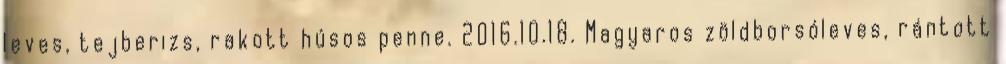
leves, tejberizs, rakott húsos penne. 2016.10.18. Magyaros zöldborsóleves, rántott